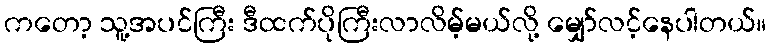
ကတော့ သူ့အပင်ကြီး ဒီထက်ပိုကြီးလာလိမ့်မယ်လို့ မျှော်လင့်နေပါတယ်။